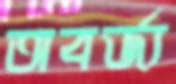
অবর্জ্য